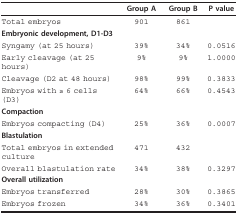
<table><thead><tr><td></td><td><b>Group A</b></td><td><b>Group B</b></td><td><b>P value</b></td></tr></thead><tbody><tr><td>Total embryos</td><td>901</td><td>861</td><td></td></tr><tr><td><b>Embryonic development, D1-D3</b></td><td></td><td></td><td></td></tr><tr><td>Syngamy (at 25 hours)</td><td>39%</td><td>34%</td><td>0.0516</td></tr><tr><td>Early cleavage (at 25 hours)</td><td>9%</td><td>9%</td><td>1.0000</td></tr><tr><td>Cleavage (D2 at 48 hours)</td><td>98%</td><td>99%</td><td>0.3833</td></tr><tr><td>Embryos with ≥ 6 cells (D3)</td><td>64%</td><td>66%</td><td>0.4543</td></tr><tr><td><b>Compaction</b></td><td></td><td></td><td></td></tr><tr><td>Embryos compacting (D4)</td><td>25%</td><td>36%</td><td>0.0007</td></tr><tr><td><b>Blastulation</b></td><td></td><td></td><td></td></tr><tr><td>Total embryos in extended culture</td><td>471</td><td>432</td><td></td></tr><tr><td>Overall blastulation rate</td><td>34%</td><td>38%</td><td>0.3297</td></tr><tr><td><b>Overall utilization</b></td><td></td><td></td><td></td></tr><tr><td>Embryos transferred</td><td>28%</td><td>30%</td><td>0.3865</td></tr><tr><td>Embryos frozen</td><td>34%</td><td>36%</td><td>0.3401</td></tr></tbody></table>